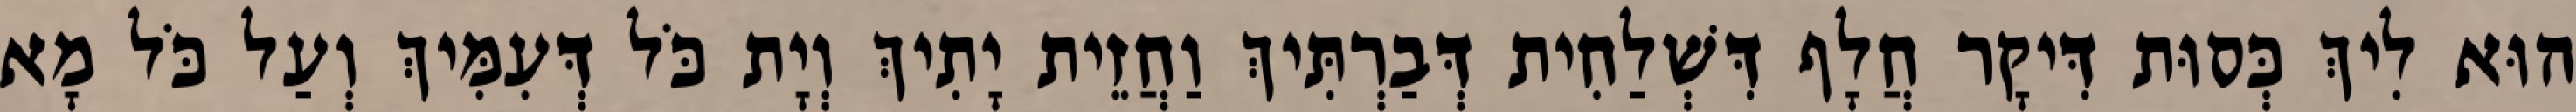
הוּא לִיךְ כְּסוּת דִּיקָר חֲלָף דִּשְׁלַחִית דְּבַרְתִּיךְ וַחֲזֵית יָתִיךְ וְיָת כֹּל דְּעִמִּיךְ וְעַל כֹּל מָא